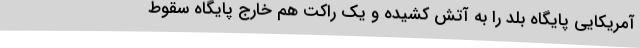
آمریکایی پایگاه بلد را به آتش کشیده و یک راکت هم خارج پایگاه سقوط